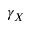
\gamma _ { X }